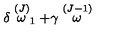
\delta \stackrel { ( J ) } { \omega } _ { 1 } + \gamma \stackrel { ( J - 1 ) } { \omega }